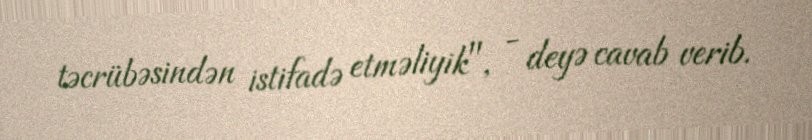
təcrübəsindən istifadə etməliyik", - deyə cavab verib.